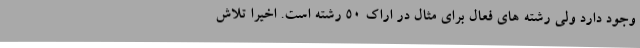
وجود دارد ولی رشته های فعال برای مثال در اراک 50 رشته است. اخیرا تلاش